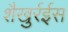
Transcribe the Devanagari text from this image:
शैखुर्रईस